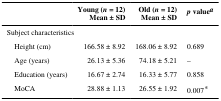
|  | Young (n = 12)Mean ± SD | Old (n = 12)Mean ± SD | p valuea |
 | --- | --- | --- | --- |
 | <COLSPAN=4> Subject characteristics |
 | Height (cm) | 166.58 ± 8.92 | 168.06 ± 8.92 | 0.689 |
 | Age (years) | 26.13 ± 5.36 | 74.18 ± 5.21 | – |
 | Education (years) | 16.67 ± 2.74 | 16.33 ± 5.77 | 0.858 |
 | MoCA | 28.88 ± 1.13 | 26.55 ± 1.92 | 0.007* |